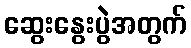
ဆွေးနွေးပွဲအတွက်